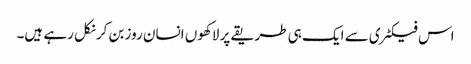
اس فیکٹری سے ایک ہی طریقے پر لاکھوں انسان روز بن کر نکل رہے ہیں۔